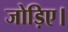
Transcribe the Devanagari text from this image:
जोड़िए।